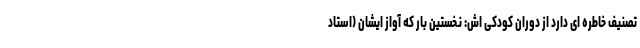
تصنیف خاطره ای دارد از دوران کودکی اش: نخستین بار که آواز ایشان (استاد